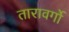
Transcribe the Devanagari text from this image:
तारावर्गो